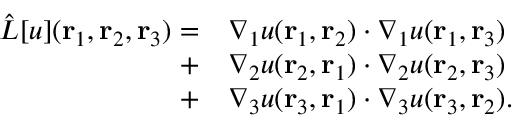
\begin{array} { r l } { \hat { L } [ u ] ( { \mathbf { r } _ { 1 } } , { \mathbf { r } _ { 2 } } , { \mathbf { r } _ { 3 } } ) = } & { { } \nabla _ { 1 } u ( { \mathbf { r } _ { 1 } } , { \mathbf { r } _ { 2 } } ) \cdot \nabla _ { 1 } u ( { \mathbf { r } _ { 1 } } , { \mathbf { r } _ { 3 } } ) } \\ { + } & { { } \nabla _ { 2 } u ( { \mathbf { r } _ { 2 } } , { \mathbf { r } _ { 1 } } ) \cdot \nabla _ { 2 } u ( { \mathbf { r } _ { 2 } } , { \mathbf { r } _ { 3 } } ) } \\ { + } & { { } \nabla _ { 3 } u ( { \mathbf { r } _ { 3 } } , { \mathbf { r } _ { 1 } } ) \cdot \nabla _ { 3 } u ( { \mathbf { r } _ { 3 } } , { \mathbf { r } _ { 2 } } ) . } \end{array}